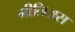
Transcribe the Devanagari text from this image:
मीलिअस